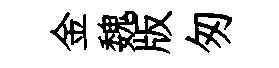
金魏版匆